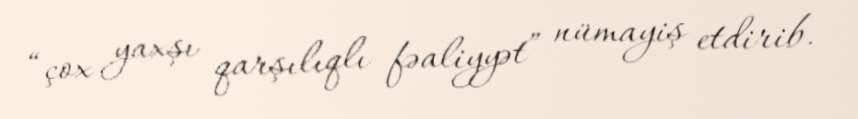
“çox yaxşı qarşılıqlı fəaliyyət” nümayiş etdirib.